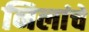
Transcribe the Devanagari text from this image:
निलांचे